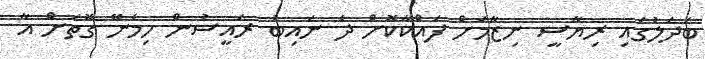
ބަދަލުގައި ރިޔާސީ ނިޒާމަށް ފައްކާކޮށް ދެ ނައިބު ރައީސުން ހިމެނޭ ގޮތަށް އާ